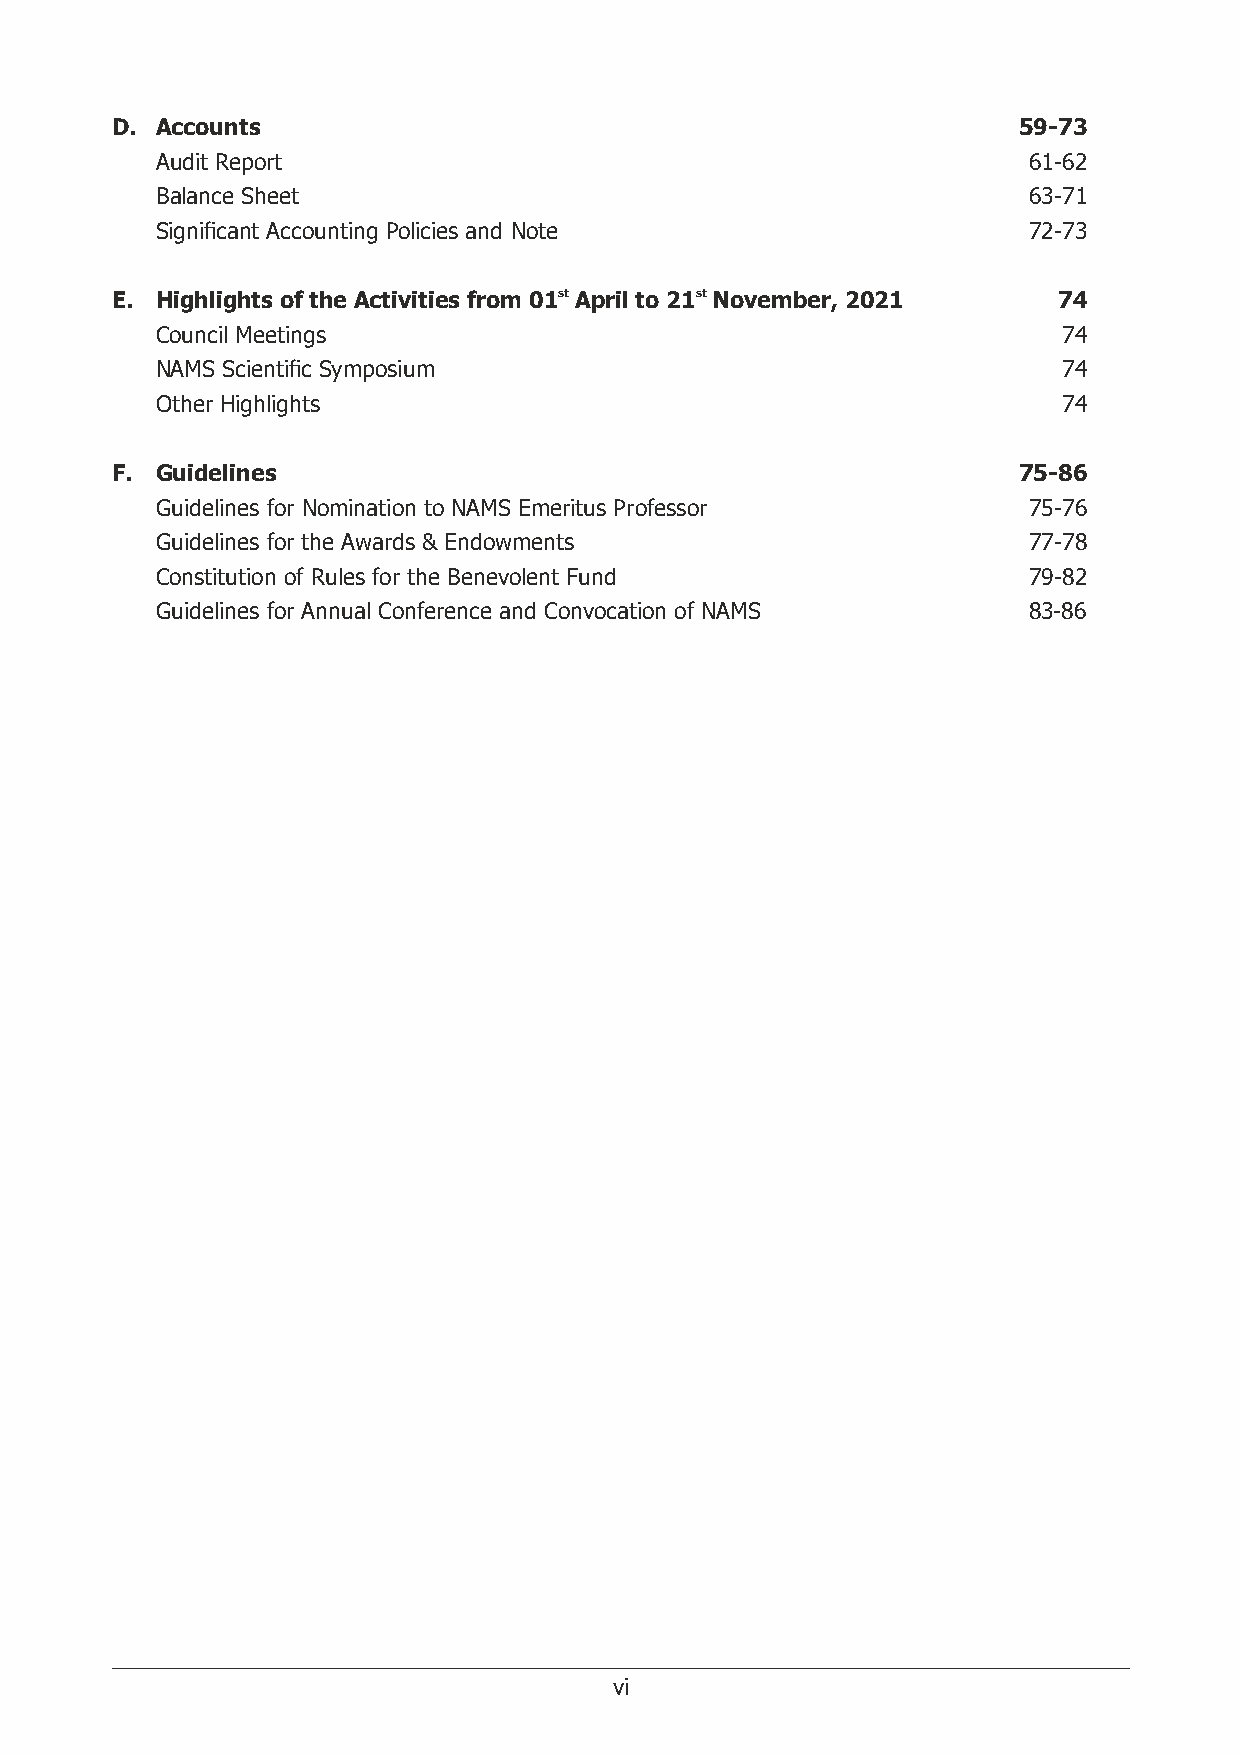
D. Accounts                                                 59-73
 Audit Report                                              61-62
 Balance Sheet                                             63-71
 Signicant Accounting Policies and Note                   72-73
 E. Highlights of the Activities from 01st April to 21st November, 2021 74
 Council Meetings                                            74
 NAMS Scientic Symposium                                    74
 Other Highlights                                            74
 F. Guidelines                                               75-86
 Guidelines for Nomination to NAMS Emeritus Professor      75-76
 Guidelines for the Awards & Endowments                    77-78
 Constitution of Rules for the Benevolent Fund             79-82
 Guidelines for Annual Conference and Convocation of NAMS  83-86
 vi